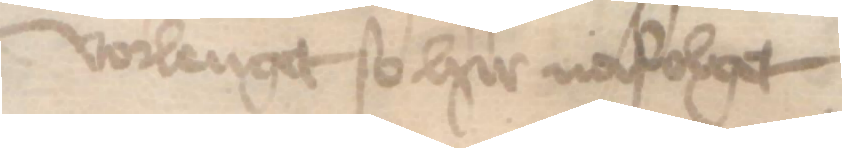
vorlenget so hir nafolget